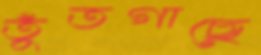
তুঁতগাছে